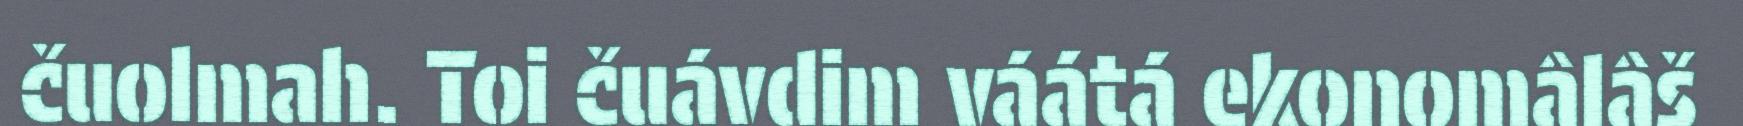
čuolmah. Toi čuávdim váátá ekonomâlâš